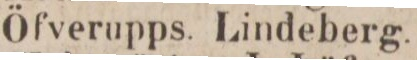
Öfverupps. Lindeberg.